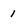
Character: 1